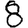
Digit: 8